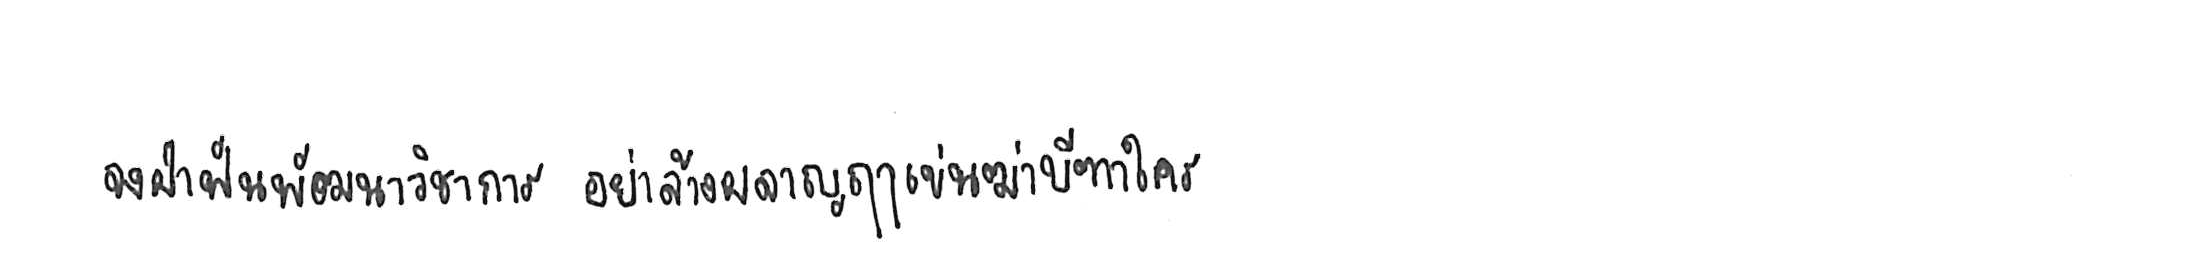
จงฝ่าฟันพัฒนาวิชาการ อย่าล้างผลาญฤๅเข่นฆ่าบีฑาใคร